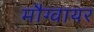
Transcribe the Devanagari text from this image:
मौग्वायर